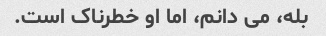
بله، می دانم، اما او خطرناک است.